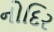
નોદિર